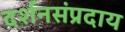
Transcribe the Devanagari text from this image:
दर्शनसंप्रदाय